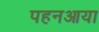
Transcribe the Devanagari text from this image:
पहनआया